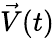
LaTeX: \vec{V}(t)